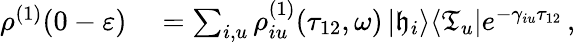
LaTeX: \begin{array}{rl}{\rho^{(1)}(0-\varepsilon)}&{{}=\sum_{i,u}\rho_{iu}^{(1)}(\tau_{12},\omega)\left|\mathfrak{h}_{i}\right>\! \left<\mathfrak{T}_{u}\right|e^{-\gamma_{iu}\tau_{12}}\, ,}\end{array}